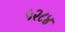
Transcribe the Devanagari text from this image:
५२८४